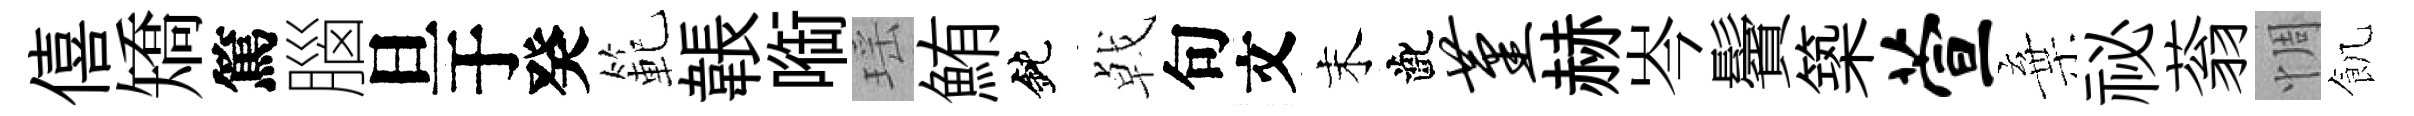
僖矯篤腦旦于癸範韔㗸瑶鮪鈍㦸句文末齔堇赫岑鬢築萱棄祕蓊惆飢